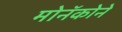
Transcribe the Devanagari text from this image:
मोनॅकोने